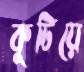
কুটিয়ে